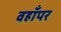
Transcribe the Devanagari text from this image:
वहाँपर